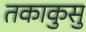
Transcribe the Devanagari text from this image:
तकाकुसु